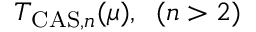
T _ { \mathrm { C A S } , n } ( \mu ) , \; \; ( n > 2 )